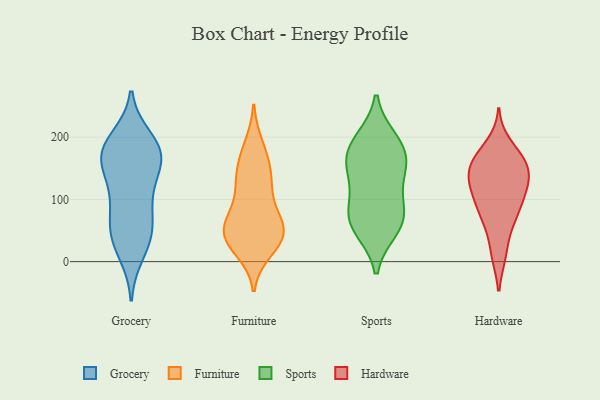
{"axis": {"x": "Gross Profit (USD K)", "y": "Value"}, "legend": ["Furniture", "Grocery", "Hardware", "Sports"], "data": [{"x": "", "y": 197, "type": "Grocery"}, {"x": "", "y": 35, "type": "Grocery"}, {"x": "", "y": 14, "type": "Grocery"}, {"x": "", "y": 62, "type": "Grocery"}, {"x": "", "y": 89, "type": "Grocery"}, {"x": "", "y": 170, "type": "Grocery"}, {"x": "", "y": 41, "type": "Grocery"}, {"x": "", "y": 48, "type": "Grocery"}, {"x": "", "y": 119, "type": "Grocery"}, {"x": "", "y": 154, "type": "Grocery"}, {"x": "", "y": 172, "type": "Grocery"}, {"x": "", "y": 178, "type": "Grocery"}, {"x": "", "y": 102, "type": "Grocery"}, {"x": "", "y": 156, "type": "Grocery"}, {"x": "", "y": 174, "type": "Grocery"}, {"x": "", "y": 188, "type": "Grocery"}, {"x": "", "y": 76, "type": "Furniture"}, {"x": "", "y": 53, "type": "Furniture"}, {"x": "", "y": 147, "type": "Furniture"}, {"x": "", "y": 186, "type": "Furniture"}, {"x": "", "y": 35, "type": "Furniture"}, {"x": "", "y": 129, "type": "Furniture"}, {"x": "", "y": 34, "type": "Furniture"}, {"x": "", "y": 136, "type": "Furniture"}, {"x": "", "y": 119, "type": "Furniture"}, {"x": "", "y": 58, "type": "Furniture"}, {"x": "", "y": 34, "type": "Furniture"}, {"x": "", "y": 19, "type": "Furniture"}, {"x": "", "y": 49, "type": "Furniture"}, {"x": "", "y": 174, "type": "Furniture"}, {"x": "", "y": 79, "type": "Furniture"}, {"x": "", "y": 46, "type": "Furniture"}, {"x": "", "y": 71, "type": "Sports"}, {"x": "", "y": 142, "type": "Sports"}, {"x": "", "y": 181, "type": "Sports"}, {"x": "", "y": 58, "type": "Sports"}, {"x": "", "y": 186, "type": "Sports"}, {"x": "", "y": 97, "type": "Sports"}, {"x": "", "y": 52, "type": "Sports"}, {"x": "", "y": 157, "type": "Sports"}, {"x": "", "y": 196, "type": "Sports"}, {"x": "", "y": 77, "type": "Sports"}, {"x": "", "y": 145, "type": "Sports"}, {"x": "", "y": 75, "type": "Hardware"}, {"x": "", "y": 160, "type": "Hardware"}, {"x": "", "y": 140, "type": "Hardware"}, {"x": "", "y": 12, "type": "Hardware"}, {"x": "", "y": 144, "type": "Hardware"}, {"x": "", "y": 132, "type": "Hardware"}, {"x": "", "y": 169, "type": "Hardware"}, {"x": "", "y": 56, "type": "Hardware"}, {"x": "", "y": 188, "type": "Hardware"}, {"x": "", "y": 128, "type": "Hardware"}, {"x": "", "y": 152, "type": "Hardware"}, {"x": "", "y": 73, "type": "Hardware"}, {"x": "", "y": 116, "type": "Hardware"}, {"x": "", "y": 110, "type": "Hardware"}, {"x": "", "y": 80, "type": "Hardware"}, {"x": "", "y": 114, "type": "Hardware"}, {"x": "", "y": 12, "type": "Hardware"}, {"x": "", "y": 163, "type": "Hardware"}, {"x": "", "y": 96, "type": "Hardware"}, {"x": "", "y": 166, "type": "Hardware"}]}